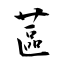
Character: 蓲